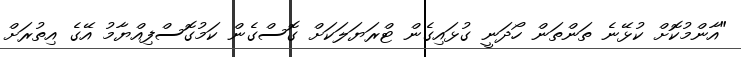
"އާންމުކޮށް ކުޅޭނެ ތަންތަން ހޯދަނީ ގުޅައިގެން ޓްރަޔަލަކަށް ގޮސްގެން ކަމުގޮސްފިއްޔާމު އޭގެ އިތުރަށް